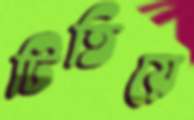
টিতিয়ে